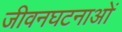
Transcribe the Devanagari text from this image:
जीवनघटनाओं